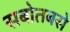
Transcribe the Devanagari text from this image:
सबोतबसे